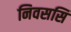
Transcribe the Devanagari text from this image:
निवससि